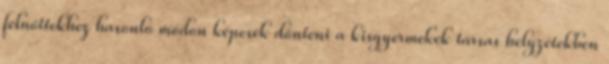
felnőttekhez hasonló módon képesek dönteni a kisgyermekek társas helyzetekben